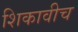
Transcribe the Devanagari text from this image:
शिकावीच